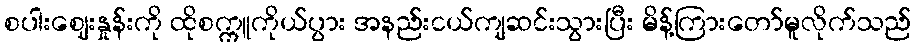
စပါးဈေးနှုန်းကို ထိုစက္ကူကိုယ်ပွား အနည်းငယ်ကျဆင်းသွားပြီး မိန့်ကြားတော်မူလိုက်သည်